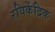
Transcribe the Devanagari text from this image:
रविकेंद्रिक